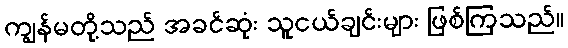
ကျွန်မတို့သည် အခင်ဆုံး သူငယ်ချင်းများ ဖြစ်ကြသည်။